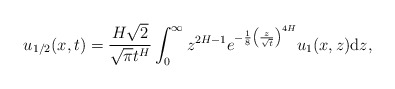
\begin{align*}u_{1/2}(x,t)=\frac{H\sqrt{2}}{\sqrt{\pi}t^{H}}\int_0^{\infty}z^{2H-1}e^{-\frac{1}{8}\left(\frac{z}{\sqrt{t}}\right)^{4H}}u_1(x,z) \mathrm dz,\end{align*}